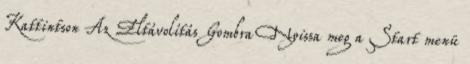
Kattintson Az Eltávolítás Gombra Nyissa meg a Start menü